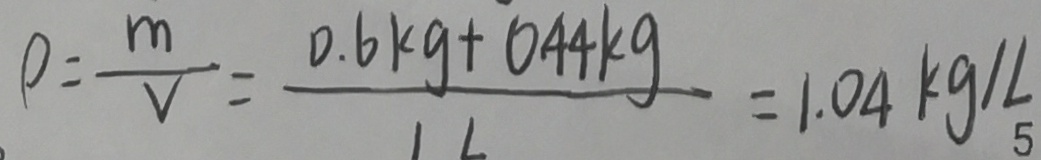
\rho = \frac { m } { V } = \frac { 0 . 6 k g + 0 . 4 4 k g } { 1 L } = 1 . 0 4 k g / L